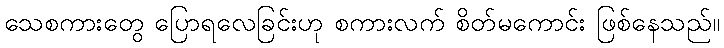
သေစကားတွေ ပြောရလေခြင်းဟု စကားလက် စိတ်မကောင်း ဖြစ်နေသည်။